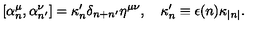
\lbrack \alpha _ { n } ^ { \mu } , \alpha _ { n ^ { \prime } } ^ { \nu } ] = \kappa _ { n } ^ { \prime } \delta _ { n + n ^ { \prime } } \eta ^ { \mu \nu } , \quad \kappa _ { n } ^ { \prime } \equiv \epsilon ( n ) \kappa _ { | n | } .